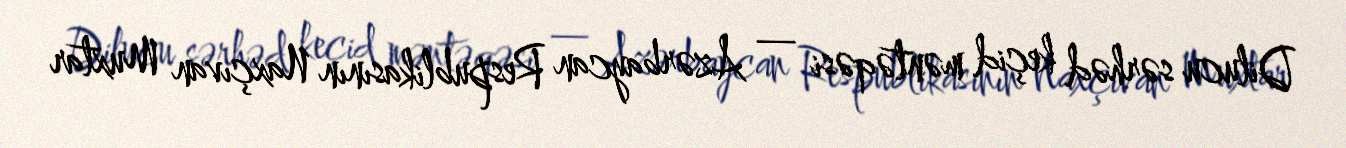
Dilucu sərhəd keçid məntəqəsi — Azərbaycan Respublikasının Naxçıvan Muxtar